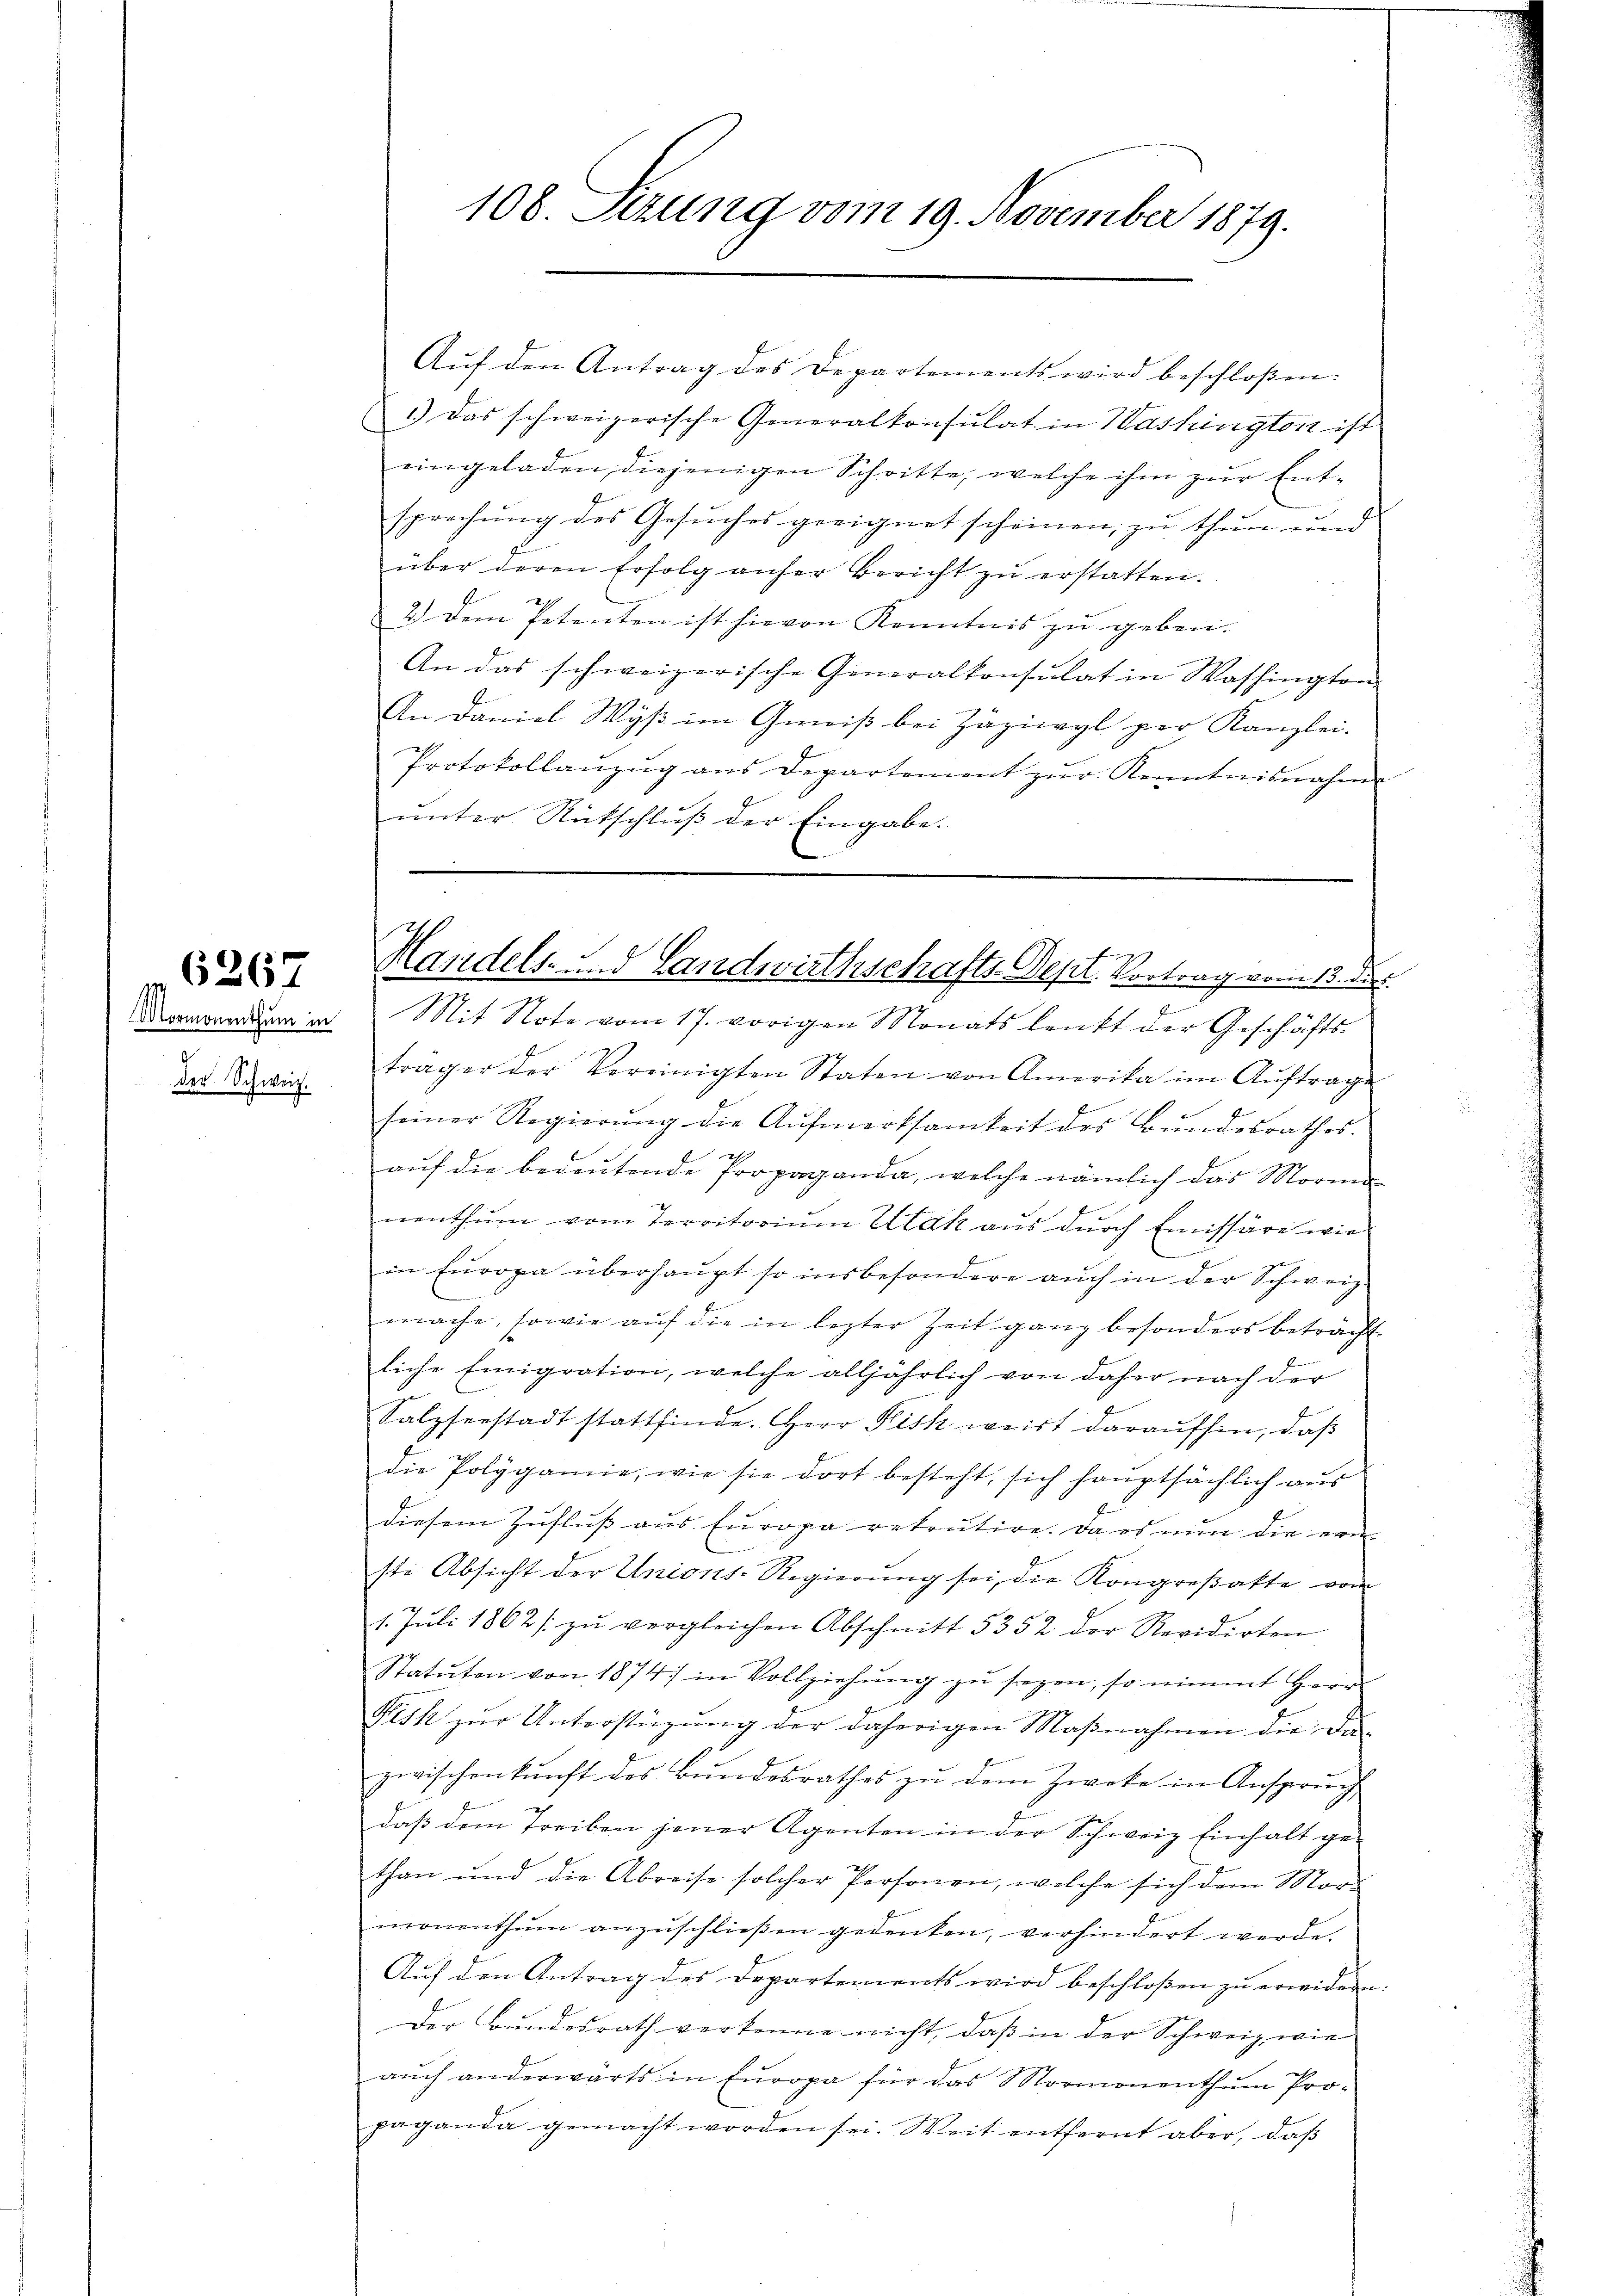
Mormonenthum in
g
der Schweiz.

6267

108. Setzung vom 19. November 1879.

Aŭf den Antrag des Departements wird beschloßen:
1.) Das schweizerische Generalkonsulat in Washington ist
eingeladen, diejenigen Schritte, welche ihm zur Entsprechung des Gesuches geeignet scheinen, zu thun und
über deren Erfolg anher bericht zŭ erstatten.
2.) Dem Petenten ist hievon Kenntnis zu geben.
An das schweizerische Generalkonsulat in Washington
An Daniel Wyß im Geiß bei Zäzieryl per Kanzlei-
Protokollanzug aus Departement zŭr Kenntnisnahme
ŭnter Rückschlŭβ der Eingabe.

Mit Note vom 17. vorigen Monats lenkt der Geschäfts-
träger der Vereinigten Staten von Amerika im Auftrage
seiner Regierŭng die Aŭfmerksamkeit des Bŭndesrathes.
2
aŭf die bedeŭtende Propaganda, welche nämlich das Morien
nenthum vom Territorium Etak aus durch Emissäre wie
in Europa überhaŭpt so insbesondere aŭch in der Schweiz.
mache, sowie auf die in lezter Zeit ganz besonders betracht
liche Emigration, welche alljährlich von daher nach der
Salzserstadt stattfinde. Herr Fisk weist daraufhin, daß
die Polygamie, wie sie dort besteht, sich hauptsächlich aus
diesem Zufluß aus Europa rekrutire. Da es nun die ern
ste Absicht der Unions-Regierŭng sei, die Kongreßatte vom
1. Juli 1862 / zu vergleichen Abschnitt 5352 der Revidirten
Statuten von 1874 in Vollziehung zu sezen, so nimmt Herr
Fish zŭr Unterstüzung der daherigen Maßnahmen die da-
zwischenkunft des Bŭndesrathes zŭ dem Zweke in Ansprŭch
daß dem Treiben jener Agenten in der Schweiz Einhalt gethan und die Abreise solcher Personen, welche sich dem Mord
monenthum anzuschließen gedenken, verhindert werde.
Auf den Antrag des Departements wird beschloßen zu erwidern:
Der Bundesrath verkenne nicht, daß in der Schweiz, wie
aŭch anderwärts in Europa für das Mormonenthum Pro-
paganda gemacht worden sei. Weit entfernt aber, daß

24
7
Handels- und Landwirthschafts Depr. Vortrag vom 13. dies
e